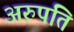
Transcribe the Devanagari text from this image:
अरुपति